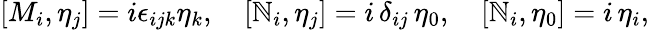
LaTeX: [M_{i},\eta_{j}]=i\epsilon_{ijk}\eta_{k},\quad[\mathbb{N}_{i},\eta_{j}]=i\, \delta_{ij}\, \eta_{0},\quad[\mathbb{N}_{i},\eta_{0}]=i\, \eta_{i},